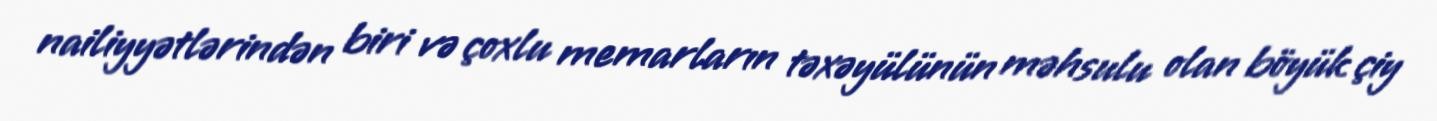
nailiyyətlərindən biri və çoxlu memarların təxəyülünün məhsulu olan böyük çiy